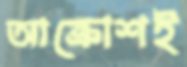
আক্রোশই